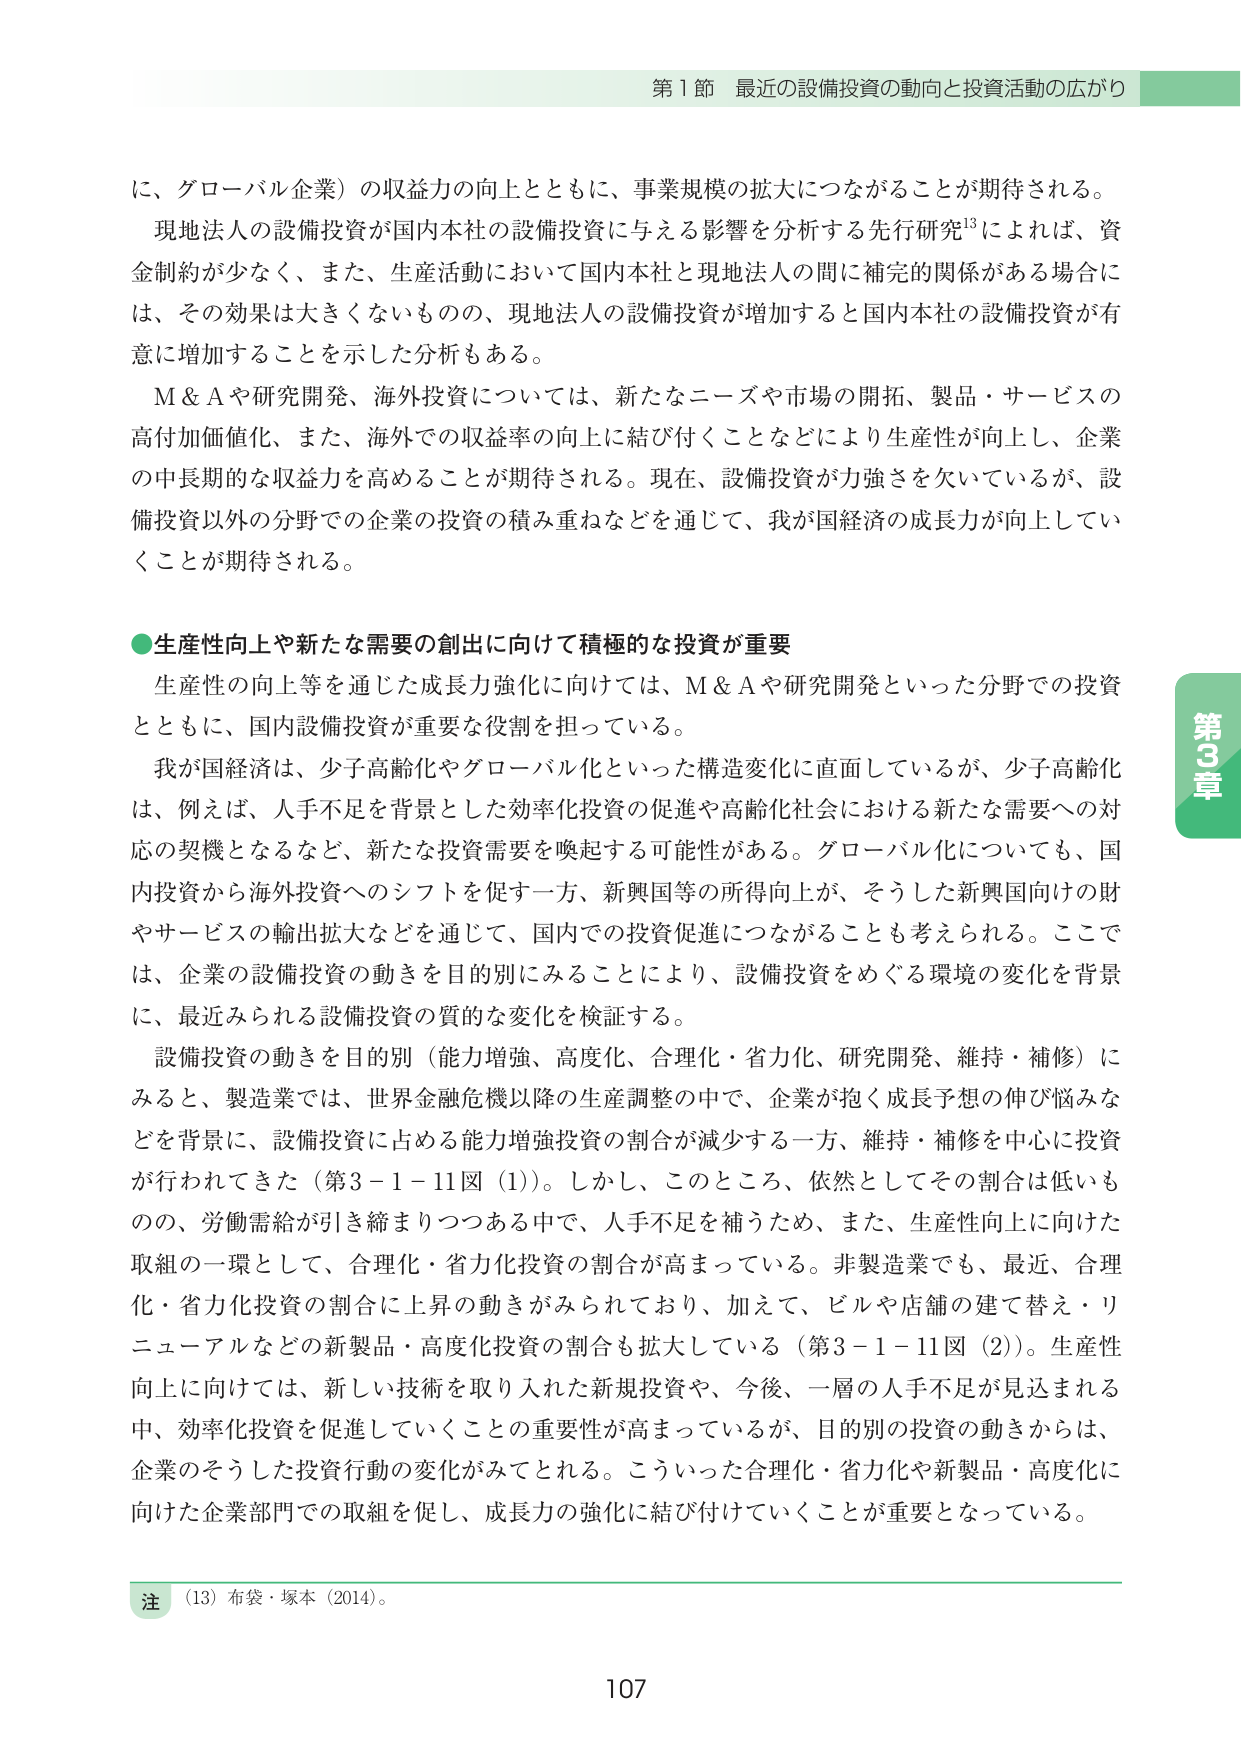
第1節 最近の設備投資の動向と投資活動の広がり

に、グローバル企業）の収益力の向上とともに、事業規模の拡大につながることが期待される。

現地法人の設備投資が国内本社の設備投資に与える影響を分析する先行研究¹³によれば、資金制約が少なく、また、生産活動において国内本社と現地法人の間に補完的関係がある場合には、その効果は大きくないものの、現地法人の設備投資が増加すると国内本社の設備投資が有意に増加することを示した分析もある。

M＆Aや研究開発、海外投資については、新たなニーズや市場の開拓、製品・サービスの高付加価値化、また、海外での収益率の向上に結び付くことなどにより生産性が向上し、企業の中長期的な収益力を高めることが期待される。現在、設備投資が力強さを欠いているが、設備投資以外の分野での企業の投資の積み重ねなどを通じて、我が国経済の成長力が向上していくことが期待される。

●生産性向上や新たな需要の創出に向けて積極的な投資が重要

生産性の向上等を通じた成長力強化に向けては、M＆Aや研究開発といった分野での投資とともに、国内設備投資が重要な役割を担っている。

我が国経済は、少子高齢化やグローバル化といった構造変化に直面しているが、少子高齢化は、例えば、人手不足を背景とした効率化投資の促進や高齢化社会における新たな需要への対応の契機となるなど、新たな投資需要を喚起する可能性がある。グローバル化についても、国内投資から海外投資へのシフトを促す一方、新興国等の所得向上が、そうした新興国向けの財やサービスの輸出拡大などを通じて、国内での投資促進につながることも考えられる。ここでは、企業の設備投資の動きを目的別にみることにより、設備投資をめぐる環境の変化を背景に、最近みられる設備投資の質的な変化を検証する。

設備投資の動きを目的別（能力増強、高度化、合理化・省力化、研究開発、維持・補修）にみると、製造業では、世界金融危機以降の生産調整の中で、企業が抱く成長予想の伸び悩みなどを背景に、設備投資に占める能力増強投資の割合が減少する一方、維持・補修を中心に投資が行われてきた（第3－1－11図（1））。しかし、このところ、依然としてその割合は低いものの、労働需給が引き締まりつつある中で、人手不足を補うため、また、生産性向上に向けた取組の一環として、合理化・省力化投資の割合が高まっている。非製造業でも、最近、合理化・省力化投資の割合に上昇の動きがみられており、加えて、ビルや店舗の建て替え・リニューアルなどの新製品・高度化投資の割合も拡大している（第3－1－11図（2））。生産性向上に向けましては、新しい技術を取り入れた新規投資や、今後、一層の人手不足が見込まれる中、効率化投資を促進していくことの重要性が高まっているが、目的別の投資の動きからは、企業のそうした投資行動の変化がみてとれる。こういった合理化・省力化や新製品・高度化に向けた企業部門での取組を促し、成長力の強化に結び付けていくことが重要となっている。

注 （13）布袋・塚本（2014）。

107

第3章